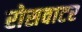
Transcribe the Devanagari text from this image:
रोसवाटर